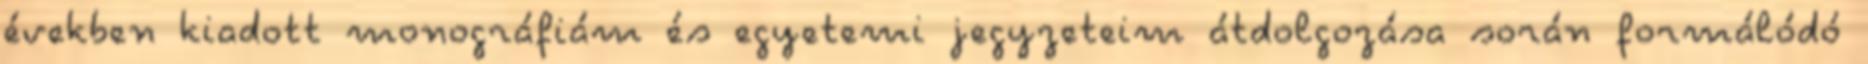
években kiadott monográfiám és egyetemi jegyzeteim átdolgozása során formálódó